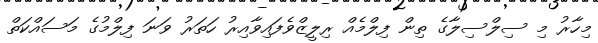
މިހާރު މި ސިލްސިލާގެ ތިން ފިލްމެއް ރިލީޒްވެފައިވާއިރު ހަތަރު ވަނަ ފިލްމުގެ މަސައްކަތް